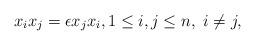
LaTeX: \begin{align*} x_i x_j = \epsilon x_j x_i, 1\leq i,j \leq n, \ i \neq j,\end{align*}